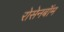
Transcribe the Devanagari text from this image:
रोसेनबॉम